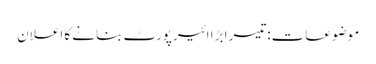
موضوعات:تیسرا بڑا ائیرپورٹ بنانے کا اعلان